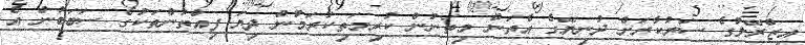
އިޒްރޭލުގެ ސަރުކާރަށް ދުނިޔޭގެ އެތަން މިތަނުން ކުރިމަތިކުރަމުން ދިޔަ ފިއްތުންތަކުގެ ސަބަބުން އެ